Report of the Indian Hemp Drugs Commission, 1894-1895 - Volume VII
Year: 1894
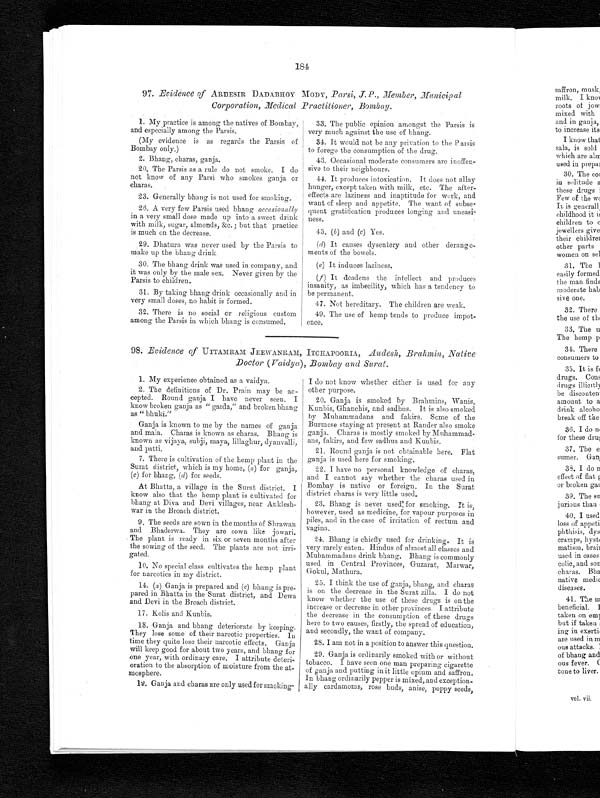
184
97. Evidence of ARDESIR DADABHOY MODY, Parsi, J.P., Member, Municipal
Corporation, Medical Practitioner, Bombay.
1. My practice is among the natives of Bombay,
and especially among the Parsis.
(My evidence is as regards the Parsis of
Bombay only.)
2.
Bhang, charas, ganja.
20. The Parsis as a rule do not smoke. I do
not know of any Parsi who smokes ganja or
charas.
23. Generally bhang is not used for smoking.
26. A very few Parsis used bhang occasionally
in a very small dose made up into a sweet drink
with milk, sugar, almonds, &c. ; but that practice
is much on the decrease.
29. Dhatura was never used by the Parsis to
make up the bhang drink.
30. The bhang drink was used in company, and
it was only by the male sex. Never given by the
Parsis to children.
31. By taking bhang drink occasionally and in
very small doses, no habit is formed.
32. There is no social or religious custom
among the Parsis in which bhang is consumed.
33. The public opinion amongst the Parsis is
very much against the use of bhang.
34. It would not be any privation to the Parsis
to forego the consumption of the drug.
43. Occasional moderate consumers are inoffen-
sive to their neighbours.
44. It produces intoxication. It does not allay
hunger, except taken with milk, etc. The after-
effects are laziness and inaptitude for work, and
want of sleep and appetite. The want of subse-
quent gratification produces longing and uneasi-
ness.
45. (b) and (c) Yes.
(d) It causes dysentery and other derange-
ments of the bowels.
(e) It induces laziness.
(f) It deadens the intellect and produces
insanity, as imbecility, which has a tendency to
be permanent.
47. Not hereditary. The children are weak.
49. The use of hemp tends to produce impot-
ence.
98. Evidence of UTTAMRAM JEEWANRAM, ITCHAPOORIA, Audesh, Brahmin, Native
Doctor (Vaidya), Bombay and Surat.
1. My experience obtained as a vaidya.
2. The definitions of Dr. Prain may be ac-
cepted. Round ganja I have never seen. I
know broken ganja as " garda," and broken bhang
as " bhuki."
Ganja is known to me by the names of ganja
and mala. Charas is known as charas. Bhang is
known as vijaya, subji, maya, lillaghur, dyanvalli,
and patti.
7. There is cultivation of the hemp plant in the
Surat district, which is my home, ( a) for ganja,
(c) for bhang, (d) for seeds.
At Bhatta, a village in the Surat district. I
know also that the hemp plant is cultivated for
bhang at Diva and Devi villages, near Anklesh-
war in the Broach district.
9. The seeds are sown in the months of Shrawan
and Bhaderwa. They are sown like jowari.
The plant is ready in six or seven months after
the sowing of the seed. The plants are not irri-
gated.
10. No special class cultivates the hemp plant
for narcotics in my district.
14. (a) Ganja is prepared and ( c) bhang is pre-
pared in Bhatta in the Surat district, and Dewa
and Devi in the Broach district.
17. Kolis and Kunbis.
18. Ganja and bhang deteriorate by keeping.
They lose some of their narcotic properties. In
time they quite lose their narcotic effects. Ganja
will keep good for about two years, and bhang for
one year, with ordinary care. I attribute deteri-
oration to the absorption of moisture from the at-
mosphere.
19. Ganja and charas are only used for smoking.
I do not know whether either is used for any
other purpose.
20. Ganja is smoked by Brahmins, Wanis,
Kunbis, Ghanchis, and sadhus. It is also smoked
by Muhammadans and fakirs. Some of the
Burmese staying at present at Rander also smoke
ganja. Charas is mostly smoked by Muhammad-
ans, fakirs, and few sadhus and Kunbis.
21. Round ganja is not obtainable here. Flat
ganja is used here for smoking.
22. I have no personal knowledge of charas,
and I cannot say whether the charas used in
Bombay is native or foreign. In the Surat
district charas is very little used.
23.
Bhangs is never used for smoking. It is,
however, used as medicine, for vapour purposes in
piles, and in the case of irritation of rectum and
vagina.
24. Bhang is chiefly used for drinking. It is
very rarely eaten. Hindus of almost all classes and
Muhammadans drink bhang. Bhang is commonly
used in Central Provinces, Guzarat, Marwar,
Gokul, Mathura.
25. I think the use of ganja, bhang, and charas
is on the decrease in the Surat zilla. I do not
know whether the use of these drugs is on the
increase or decrease in other provinces. I attribute
the decrease in the consumption of these drugs
here to two causes, firstly, the spread of education,
and secondly, the want of company.
28. I am not in a position to answer this question.
29.
Ganja is ordinarily smoked with or without
tobacco. I have seen one man preparing cigarette
of ganja and putting in it little opium and saffron.
Ink bhang ordinarily pepper is mixed, and exception-
ally cardamoms, rose buds, anise, poppy seeds,